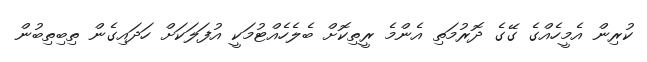
ކުރިން އެމީހެއްގެ ގޭގެ ދޮރުމަތި އެންމެ ރީތިކޮށް ބެލެހެއްޓުމަކީ އުފަލަކަށް ހަދައިގެން ތިބިތިބުން